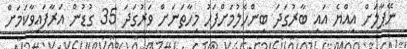
ނޭޕާލަށް އިއްޔެ އައި ބާރުގަދަ ބިންހެލުމަށްފަހު މިހާތަނަށް ވަރުގަދަ 35 ގުޑުން އަރާފައިވާކަމަށް